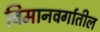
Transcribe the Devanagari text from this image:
विमानवर्गातील